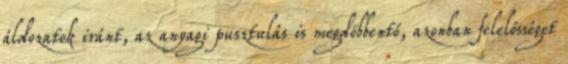
áldozatok iránt, az anyagi pusztulás is megdöbbentő, azonban felelősséget